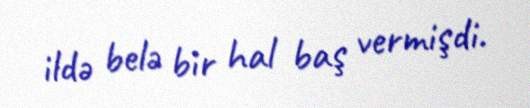
ildə belə bir hal baş vermişdi.